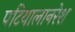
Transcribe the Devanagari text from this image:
पटियालानरेश